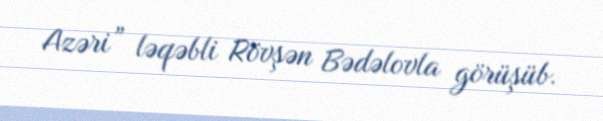
Azəri” ləqəbli Rövşən Bədəlovla görüşüb.